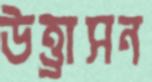
উত্ত্রাসন